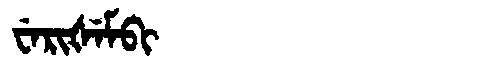
Manchu: ᠸᡝᡵᡳᡧᡝᠮᠪᡳ
Romanization: WERIŠEMBI